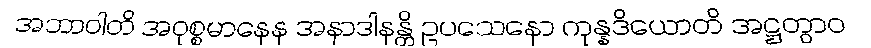
အဘာဝါတိ အဝုစ္စမာနေန အနာဒါနန္တိ ဥပသေနော ကုန္နဒိယောတိ အဋ္ဌတွာဝ